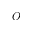
O